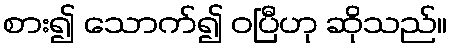
စား၍ သောက်၍ ဝပြီဟု ဆိုသည်။